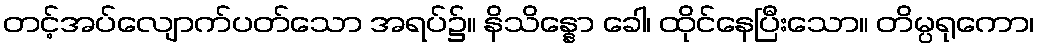
တင့်အပ်လျောက်ပတ်သော အရပ်၌။ နိသိန္နော ခေါ၊ ထိုင်နေပြီးသော။ တိမ္ပရုကော၊